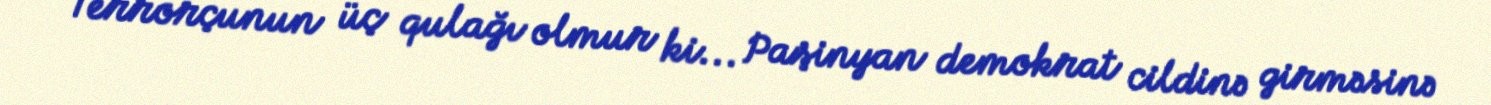
Terrorçunun üç qulağı olmur ki... Paşinyan demokrat cildinə girməsinə